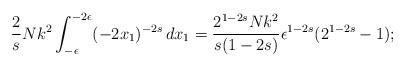
LaTeX: \begin{align*}\frac{2}{s} N k^2 \int_{-\epsilon}^{-2\epsilon} (-2x_1)^{-2s}\, dx_1=\frac{2^{1-2s}Nk^2}{s(1-2s)}\epsilon^{1-2s}(2^{1-2s}-1);\end{align*}